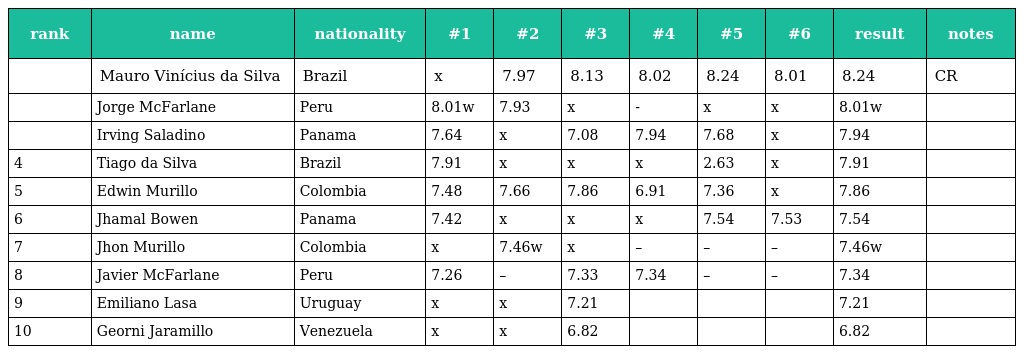
| rank | name | nationality | #1 | #2 | #3 | #4 | #5 | #6 | result | notes |
 | --- | --- | --- | --- | --- | --- | --- | --- | --- | --- | --- |
 |  | Mauro Vinícius da Silva | Brazil | x | 7.97 | 8.13 | 8.02 | 8.24 | 8.01 | 8.24 | CR |
 |  | Jorge McFarlane | Peru | 8.01w | 7.93 | x | - | x | x | 8.01w |  |
 |  | Irving Saladino | Panama | 7.64 | x | 7.08 | 7.94 | 7.68 | x | 7.94 |  |
 | 4 | Tiago da Silva | Brazil | 7.91 | x | x | x | 2.63 | x | 7.91 |  |
 | 5 | Edwin Murillo | Colombia | 7.48 | 7.66 | 7.86 | 6.91 | 7.36 | x | 7.86 |  |
 | 6 | Jhamal Bowen | Panama | 7.42 | x | x | x | 7.54 | 7.53 | 7.54 |  |
 | 7 | Jhon Murillo | Colombia | x | 7.46w | x | – | – | – | 7.46w |  |
 | 8 | Javier McFarlane | Peru | 7.26 | – | 7.33 | 7.34 | – | – | 7.34 |  |
 | 9 | Emiliano Lasa | Uruguay | x | x | 7.21 |  |  |  | 7.21 |  |
 | 10 | Georni Jaramillo | Venezuela | x | x | 6.82 |  |  |  | 6.82 |  |